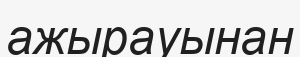
ажырауынан